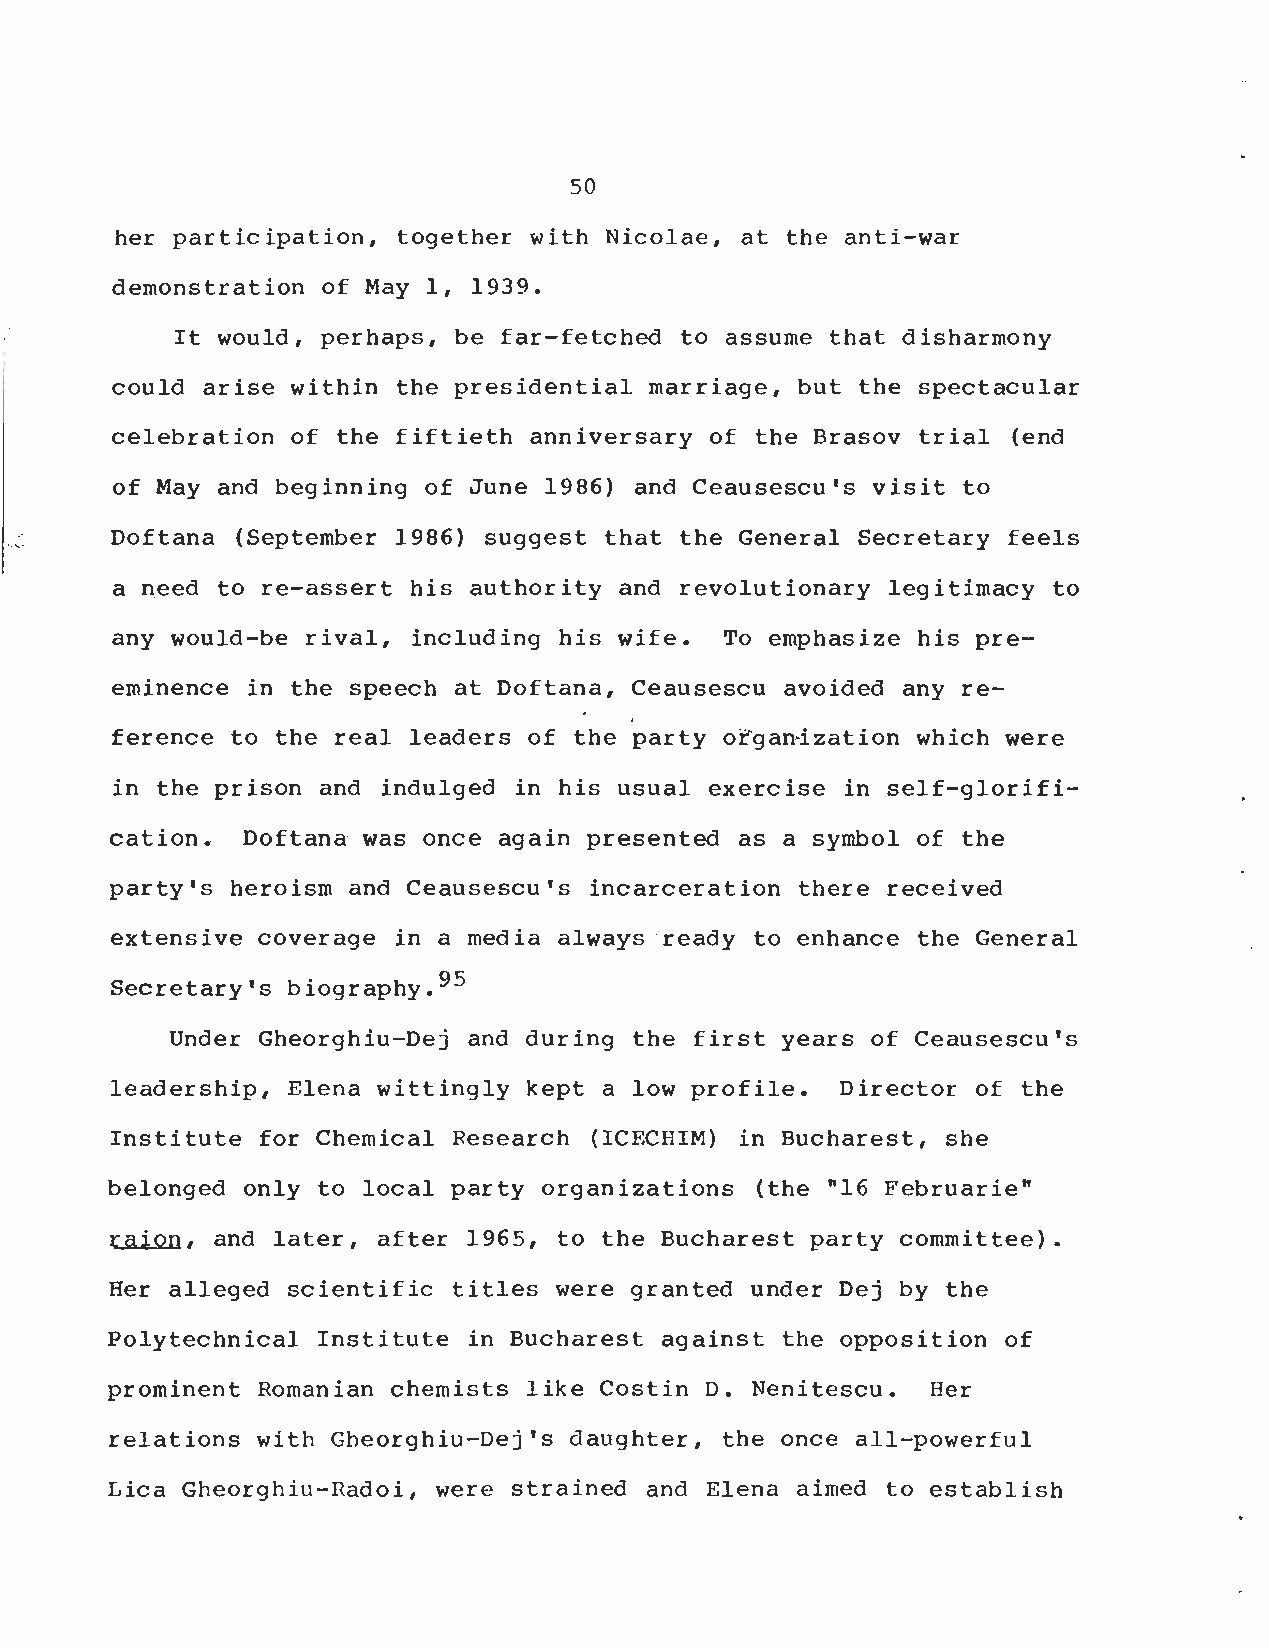
50
 her participation, together with Nicolae, at the anti-wa r
 demonstration of May l, 1939 .
 It would, perhaps, be far-fetched to assume that disharmon y
 could arise within the presidential marriage, but the spectacular
 celebration of the fiftieth anniversary of the Brasov trial (end
 of May and beginning of June 1986) and Ceausescu's visit t o
 Doftana (September 1986) suggest that the General Secretary feels
 a need to re-assert his authority and revolutionary legitimacy t o
 any would-be rival, including his wife . To emphasize his pre -
 eminence in the speech at Doftana, Ceausescu avoided any re-
 ference to the real leaders of the party organization which wer e
 in the prison and indulged in his usual exercise in self-glorifi-
 cation . Doftana was once again presented as a symbol of th e
 party's heroism and Ceausescu's incarceration there received
 extensive coverage in a media always ready to enhance the General
 Secretary's biography . 95
 Under Gheorghiu-Dej and during the first years of Ceausescu' s
 leadership, Elena wittingly kept a low profile . Director of the
 Institute for Chemical Research (ICECHIM) in Bucharest, sh e
 belonged only to local party organizations (the "16 Februarie "
 raion, and later, after 1965, to the Bucharest party committee) .
 Her alleged scientific titles were granted under Dej by the
 Polytechnical Institute in Bucharest against the opposition o f
 prominent Romanian chemists like Costin D . Nenitescu . Her
 relations with Gheorghiu-Dej's daughter, the once all-powerful
 Lica Gheorghiu-Radoi, were strained and Elena aimed to establish